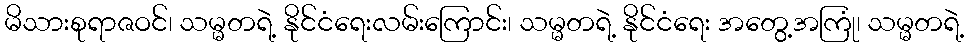
မိသားစုရာဇဝင်၊ သမ္မတရဲ့ နိုင်ငံရေးလမ်းကြောင်း၊ သမ္မတရဲ့ နိုင်ငံရေး အတွေ့အကြုံ၊ သမ္မတရဲ့